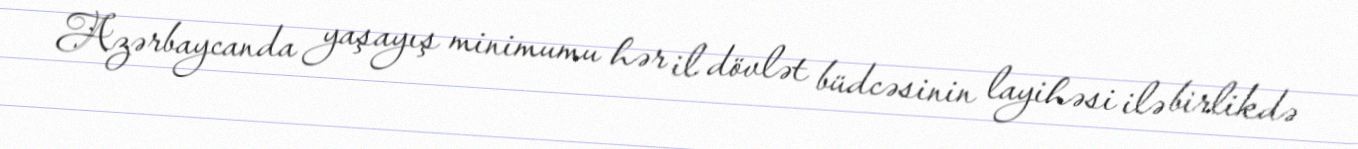
Azərbaycanda yaşayış minimumu hər il dövlət büdcəsinin layihəsi ilə birlikdə